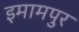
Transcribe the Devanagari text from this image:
इमामपुर